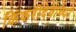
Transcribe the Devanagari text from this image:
किंकरीदेवीच्या